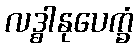
လဒ္ဓါနုပေက္ခံ